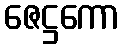
ဇေဋ္ဌကော